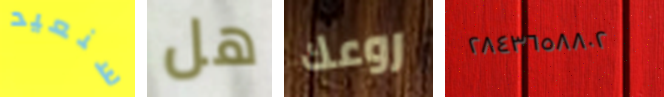
سنعيد هل روعك ٢٨٤٣٦٥٨٨٠٢